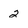
Character: 2